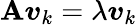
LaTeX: \mathbf{A}{\boldsymbol{v}}_{k}=\lambda{\boldsymbol{v}}_{k}